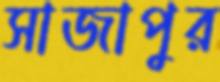
সাজাপুর